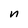
Character: n